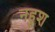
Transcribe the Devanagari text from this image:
नहुश